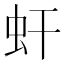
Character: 虷